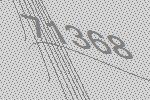
71368